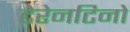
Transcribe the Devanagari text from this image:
टेरेनटिनो